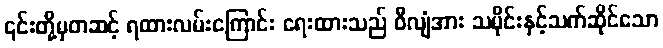
၎င်းတို့မှတဆင့် ရထားလမ်းကြောင်း ရေးထားသည် ဝီလျံအား သမိုင်းနှင့်သက်ဆိုင်သော